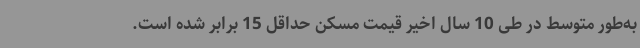
به‌طور متوسط در طی 10 سال اخیر قیمت مسکن حداقل 15 برابر شده است.